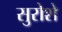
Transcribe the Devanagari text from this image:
सुरोशे